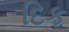
દિક